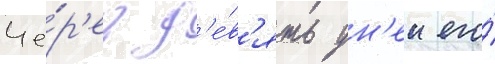
Че́р'ез д'е́в'ять дн'еи его́